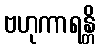
ဗဟုကာရန္တိ